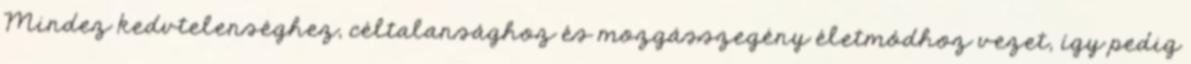
Mindez kedvtelenséghez, céltalansághoz és mozgásszegény életmódhoz vezet, így pedig